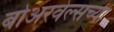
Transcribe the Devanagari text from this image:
बोअरवेल्सच्या